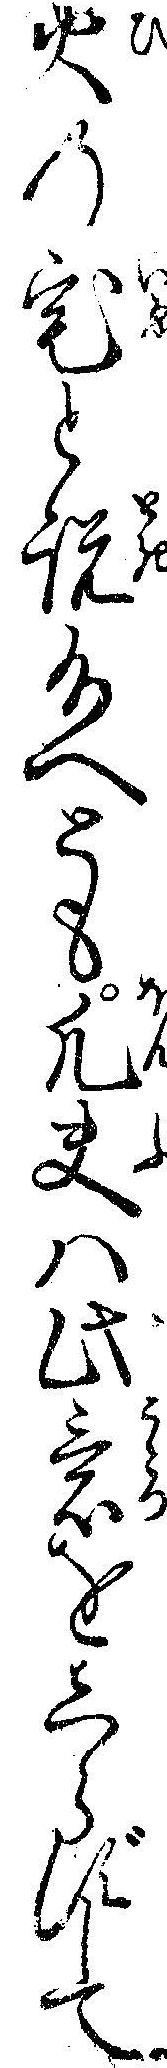
火の宅と説給へとも凡夫ハ此意をしらずして